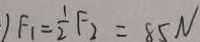
1 F _ { 1 } = \frac { 1 } { 2 } F _ { 2 } = 8 5 N